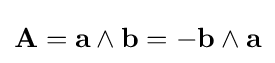
\mathbf {A} =\mathbf {a} \wedge \mathbf {b} =-\mathbf {b} \wedge \mathbf {a}